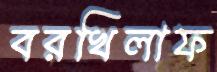
বরখিলাফ